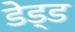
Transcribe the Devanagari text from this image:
डेड्ड